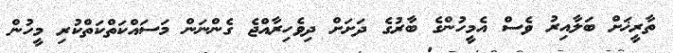
ތާރީޚަށް ބަލާއިރު ވެސް އެމީހުންގެ ބާރުގެ ދަށަށް ދިވެހިރާއްޖެ ގެންނަން މަސައްކަތްކަތްކުރި މީހުން